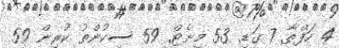
4 ހަފްތާ